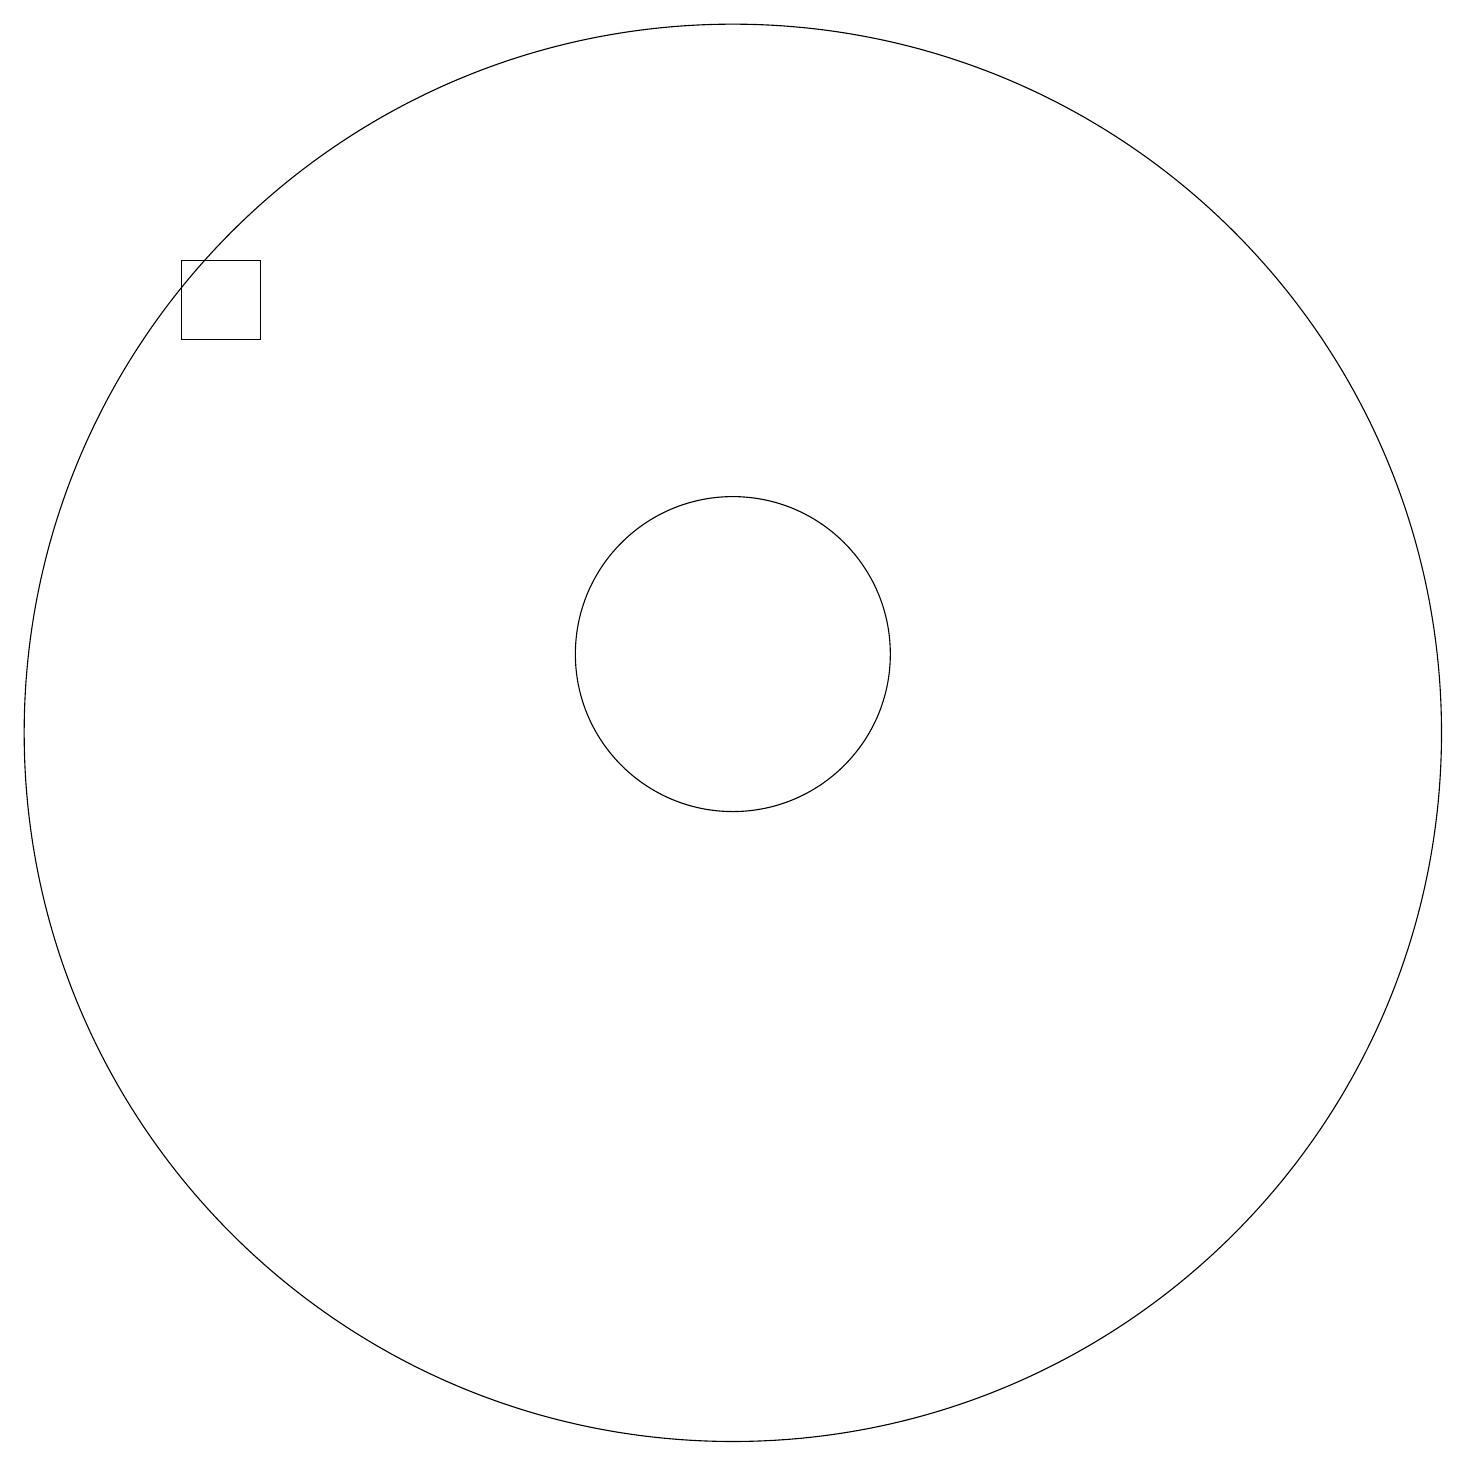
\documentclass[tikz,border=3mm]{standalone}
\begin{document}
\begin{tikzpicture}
\draw (5,15) rectangle (4,16);
\draw (11,10) circle (9);
\draw (11,11) circle (2);
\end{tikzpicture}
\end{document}